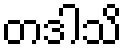
တဒါသိ